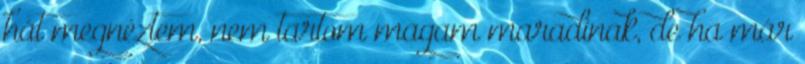
hát megnéztem, nem tartom magam maradinak, de ha már